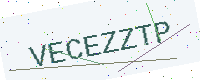
Text: VECEZZTP